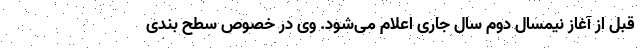
قبل از آغاز نیمسال دوم سال جاری اعلام می‌شود. وی در خصوص سطح بندی